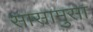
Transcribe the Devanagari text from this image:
सासामुसा